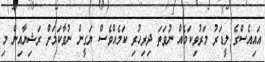
އައިއެސްގެ ލީޑަރު މަރުވިކަމެއް ނުވަތަ ދިރިހުރި ކަމެއްވެސް ޔަގީން ނުވާކަމަށް ރަޝިޔާއިން މި